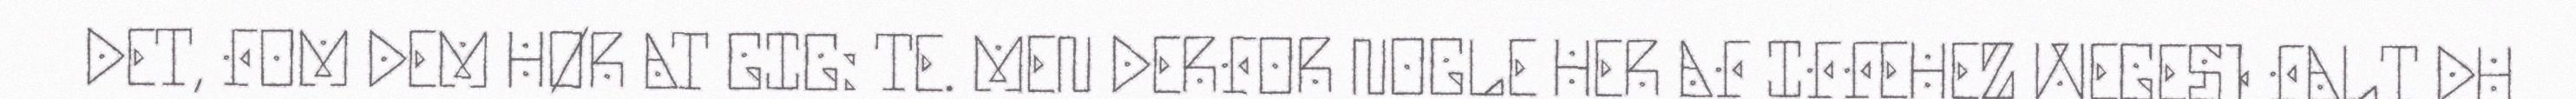
DET, FOM DEM HØR AT GIG: TE. MEN DERFOR NOGLE HER AF IFFEHEZ WEGES) FALT DU